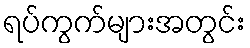
ရပ်ကွက်များအတွင်း